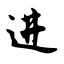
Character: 进